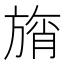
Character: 旓